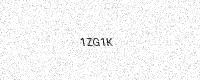
Text: 1ZG1K